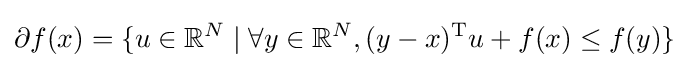
\partial f(x)=\{u\in \mathbb {R} ^{N}\mid \forall y\in \mathbb {R} ^{N},(y-x)^{\mathrm {T} }u+f(x)\leq f(y)\}